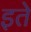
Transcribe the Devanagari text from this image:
इते